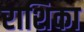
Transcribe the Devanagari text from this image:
राशिका